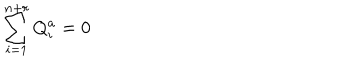
\sum _ { i = 1 } ^ { n + r } Q _ { i } ^ { a } = 0